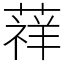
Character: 䔗